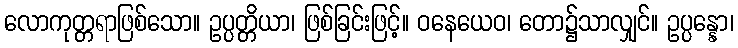
လောကုတ္တရာဖြစ်သော။ ဥပ္ပတ္တိယာ၊ ဖြစ်ခြင်းဖြင့်။ ဝနေယေဝ၊ တော၌သာလျှင်။ ဥပ္ပန္နော၊